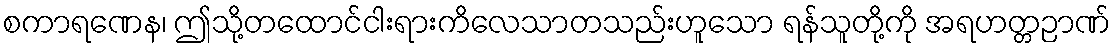
စကာရဏေန၊ ဤသို့တထောင်ငါးရားကိလေသာတသည်းဟူသော ရန်သူတို့ကို အရဟတ္တဉာဏ်